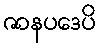
ဇာနပဒေပိ